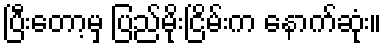
ပြီးတော့မှ ပြည်မိုးငြိမ်းက နောက်ဆုံး။